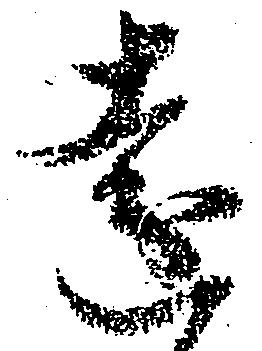
遠